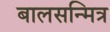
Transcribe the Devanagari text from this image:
बालसन्मित्र